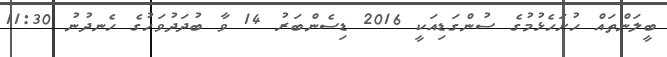
ބީލަންތައް ހުށަހެޅުމުގެ ސުންގަޑިއަކީ 2016 ޑިސެންބަރު 14 ވާ ބުދަދުވަހުގެ ހެނދުނު 11:30